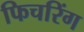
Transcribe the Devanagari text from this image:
फिचरिंग